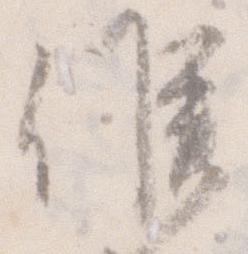
候